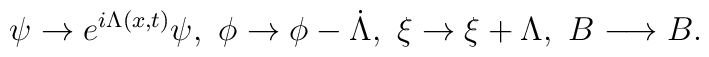
\psi\rightarrow e^{i\Lambda(x,t)}\psi,~\phi\rightarrow \phi-\dot\Lambda,~\xi\rightarrow \xi+\Lambda,~B\longrightarrow B.